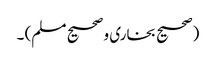
(صحیح بخاری و صحیح مسلم) ۔